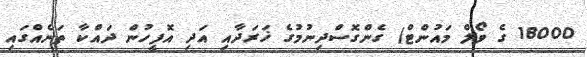
18000 ގެ ވޯލް މައުންޓް) ގެންގޮސްދިނުމުގެ ޚަރަދާއި އަދި އޮފީހުން ދައްކާ ތަނެއްގައި